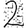
Digit: 2